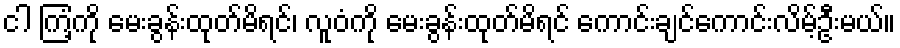
ငါ ကြံ့ကို မေးခွန်းထုတ်မိရင်၊ လူဝံကို မေးခွန်းထုတ်မိရင် ကောင်းချင်ကောင်းလိမ့်ဦးမယ်။